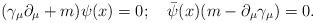
LaTeX: \begin{align*}({\gamma}_\mu \partial_\mu + m) \psi(x) = 0; \quad{\bar \psi}(x) (m-\partial_\mu \gamma_\mu) = 0.\end{align*}